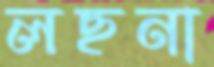
লছনা